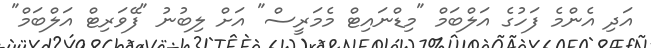
އަދި އެންމެ ފަހުގެ އަލްބަމް "މިޑްނައިޓް މެމަރީސް" އަށް ލިބުނު "ފޭވަރިޓް އަލްބަމް"